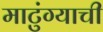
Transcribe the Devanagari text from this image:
माटुंग्याची